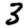
Digit: 3